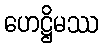
ဟေဋ္ဌိမဿ